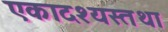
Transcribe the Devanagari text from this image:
एकादश्यस्तथा